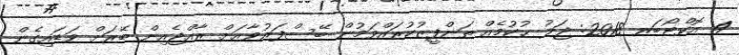
4 އޮކްޓޯބަރ 2018: ޖަލު ޙުކުމެއް ތަންފީޒުކުރައްވަމުން ބޭސްފަރުވާއަށް ރާއްޖެއިން ބޭރަށް ވަޑައިގެން